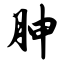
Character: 胂